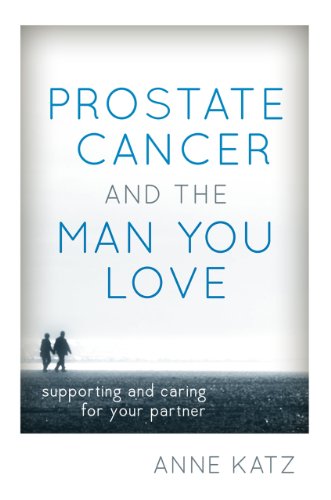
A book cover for Prostate Cancer and the Man You Love: Supporting and Caring for Your Partner; Anne Katz PhD  RN  FAAN; AASECT-certified sexuality counselor; Health, Fitness & Dieting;